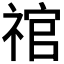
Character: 𰨉